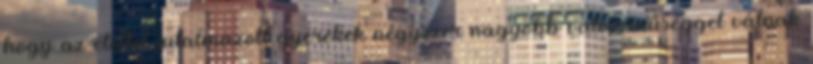
hogy az étellel jutalmazott gyerekek négyszer nagyobb valószínűséggel válnak